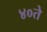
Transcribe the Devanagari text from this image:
४०ते